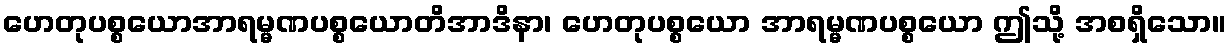
ဟေတုပစ္စယောအာရမ္မဏပစ္စယောတိအာဒိနာ၊ ဟေတုပစ္စယော အာရမ္မဏပစ္စယော ဤသို့ အစရှိသော။